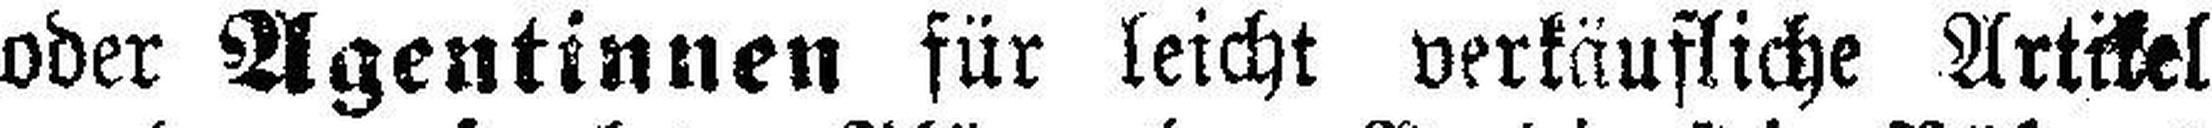
oder Agentinnen für leicht verkäufliche Artikel